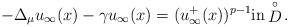
LaTeX: \begin{align*}-\Delta_\mu u_\infty(x) - \gamma u_\infty(x)=(u^+_\infty(x))^{p-1} {\rm in} \mathop D\limits^ \circ.\end{align*}